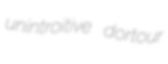
unintroitive dortour